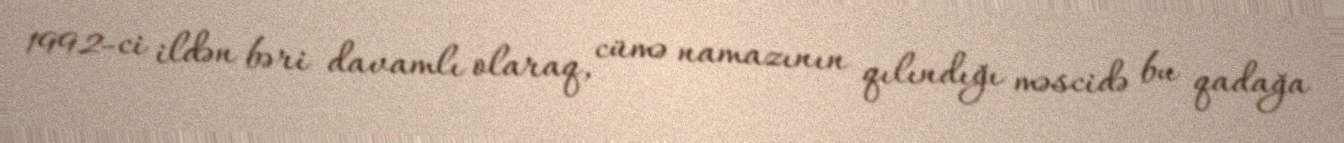
1992-ci ildən bəri davamlı olaraq, cümə namazının qılındığı məscidə bu qadağa